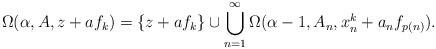
LaTeX: \begin{align*} \Omega(\alpha,A,z + a f_k) = \{z + a f_k\} \cup \bigcup_{n=1}^\infty \Omega(\alpha - 1,A_n,x^k_n + a_n f_{p(n)}). \end{align*}